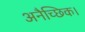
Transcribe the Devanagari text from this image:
अनैच्छिक।